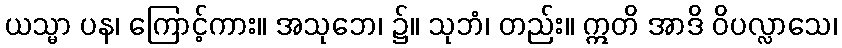
ယသ္မာ ပန၊ ကြောင့်ကား။ အသုဘေ၊ ၌။ သုဘံ၊ တည်း။ ဣတိ အာဒိ ဝိပလ္လာသေ၊